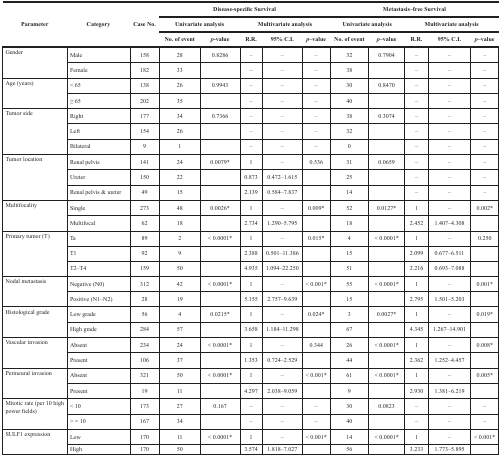
<table><thead><tr><td rowspan="3"><b>Parameter</b></td><td rowspan="3"><b>Category</b></td><td rowspan="3"><b>Case No.</b></td><td colspan="5"><b>Disease-specific Survival</b></td><td colspan="5"><b>Metastasis–free Survival</b></td></tr><tr><td colspan="2"><b>Univariate analysis</b></td><td colspan="3"><b>Multivariate analysis</b></td><td colspan="2"><b>Univariate analysis</b></td><td colspan="3"><b>Multivariate analysis</b></td></tr><tr><td><b>No. of event</b></td><td><b><i>p</i>-value</b></td><td><b>R.R.</b></td><td><b>95% C.I.</b></td><td><b><i>p</i>–value</b></td><td><b>No. of event</b></td><td><b><i>p</i>–value</b></td><td><b>R.R.</b></td><td><b>95% C.I.</b></td><td><b><i>p</i>–value</b></td></tr></thead><tbody><tr><td rowspan="2">Gender</td><td>Male</td><td>158</td><td>28</td><td>0.8286</td><td>–</td><td>–</td><td>–</td><td>32</td><td>0.7904</td><td>–</td><td>–</td><td>–</td></tr><tr><td>Female</td><td>182</td><td>33</td><td></td><td>–</td><td>–</td><td>–</td><td>38</td><td></td><td>–</td><td>–</td><td>–</td></tr><tr><td rowspan="2">Age (years)</td><td>&lt; 65</td><td>138</td><td>26</td><td>0.9943</td><td>–</td><td>–</td><td>–</td><td>30</td><td>0.8470</td><td>–</td><td>–</td><td>–</td></tr><tr><td>≥ 65</td><td>202</td><td>35</td><td></td><td>–</td><td>–</td><td>–</td><td>40</td><td></td><td>–</td><td>–</td><td>–</td></tr><tr><td rowspan="3">Tumor side</td><td>Right</td><td>177</td><td>34</td><td>0.7366</td><td>–</td><td>–</td><td>–</td><td>38</td><td>0.3074</td><td>–</td><td>–</td><td>–</td></tr><tr><td>Left</td><td>154</td><td>26</td><td></td><td>–</td><td>–</td><td>–</td><td>32</td><td></td><td>–</td><td>–</td><td>–</td></tr><tr><td>Bilateral</td><td>9</td><td>1</td><td></td><td>–</td><td>–</td><td>–</td><td>0</td><td></td><td>–</td><td>–</td><td>–</td></tr><tr><td rowspan="3">Tumor location</td><td>Renal pelvis</td><td>141</td><td>24</td><td>0.0079*</td><td>1</td><td>–</td><td>0.536</td><td>31</td><td>0.0659</td><td>–</td><td>–</td><td>–</td></tr><tr><td>Ureter</td><td>150</td><td>22</td><td></td><td>0.873</td><td>0.472–1.615</td><td></td><td>25</td><td></td><td>–</td><td>–</td><td>–</td></tr><tr><td>Renal pelvis &amp; ureter</td><td>49</td><td>15</td><td></td><td>2.139</td><td>0.584–7.837</td><td></td><td>14</td><td></td><td>–</td><td>–</td><td>–</td></tr><tr><td rowspan="2">Multifocality</td><td>Single</td><td>273</td><td>48</td><td>0.0026*</td><td>1</td><td>–</td><td>0.009*</td><td>52</td><td>0.0127*</td><td>1</td><td>–</td><td>0.002*</td></tr><tr><td>Multifocal</td><td>62</td><td>18</td><td></td><td>2.734</td><td>1.290–5.795</td><td></td><td>18</td><td></td><td>2.452</td><td>1.407–4.308</td><td></td></tr><tr><td rowspan="3">Primary tumor (T)</td><td>Ta</td><td>89</td><td>2</td><td>&lt; 0.0001*</td><td>1</td><td>–</td><td>0.015*</td><td>4</td><td>&lt; 0.0001*</td><td>1</td><td>–</td><td>0.250</td></tr><tr><td>T1</td><td>92</td><td>9</td><td></td><td>2.388</td><td>0.501–11.386</td><td></td><td>15</td><td></td><td>2.099</td><td>0.677–6.511</td><td></td></tr><tr><td>T2–T4</td><td>159</td><td>50</td><td></td><td>4.935</td><td>1.094–22.250</td><td></td><td>51</td><td></td><td>2.216</td><td>0.693–7.088</td><td></td></tr><tr><td rowspan="2">Nodal metastasis</td><td>Negative (N0)</td><td>312</td><td>42</td><td>&lt; 0.0001*</td><td>1</td><td>–</td><td>&lt; 0.001*</td><td>55</td><td>&lt; 0.0001*</td><td>1</td><td>–</td><td>0.001*</td></tr><tr><td>Positive (N1–N2)</td><td>28</td><td>19</td><td></td><td>5.155</td><td>2.757–9.639</td><td></td><td>15</td><td></td><td>2.795</td><td>1.501–5.203</td><td></td></tr><tr><td rowspan="2">Histological grade</td><td>Low grade</td><td>56</td><td>4</td><td>0.0215*</td><td>1</td><td>–</td><td>0.024*</td><td>3</td><td>0.0027*</td><td>1</td><td>–</td><td>0.019*</td></tr><tr><td>High grade</td><td>284</td><td>57</td><td></td><td>3.658</td><td>1.184–11.298</td><td></td><td>67</td><td></td><td>4.345</td><td>1.267–14.901</td><td></td></tr><tr><td rowspan="2">Vascular invasion</td><td>Absent</td><td>234</td><td>24</td><td>&lt; 0.0001*</td><td>1</td><td>–</td><td>0.344</td><td>26</td><td>&lt; 0.0001*</td><td>1</td><td>–</td><td>0.008*</td></tr><tr><td>Present</td><td>106</td><td>37</td><td></td><td>1.353</td><td>0.724–2.529</td><td></td><td>44</td><td></td><td>2.362</td><td>1.252–4.457</td><td></td></tr><tr><td rowspan="2">Perineural invasion</td><td>Absent</td><td>321</td><td>50</td><td>&lt; 0.0001*</td><td>1</td><td>–</td><td>&lt; 0.001*</td><td>61</td><td>&lt; 0.0001*</td><td>1</td><td>–</td><td>0.005*</td></tr><tr><td>Present</td><td>19</td><td>11</td><td></td><td>4.297</td><td>2.038–9.059</td><td></td><td>9</td><td></td><td>2.930</td><td>1.381–6.219</td><td></td></tr><tr><td rowspan="2">Mitotic rate (per 10 high power fields)</td><td>&lt; 10</td><td>173</td><td>27</td><td>0.167</td><td>–</td><td>–</td><td>–</td><td>30</td><td>0.0823</td><td>–</td><td>–</td><td>–</td></tr><tr><td>&gt; = 10</td><td>167</td><td>34</td><td></td><td>–</td><td>–</td><td>–</td><td>40</td><td></td><td>–</td><td>–</td><td>–</td></tr><tr><td rowspan="2">SULF1 expression</td><td>Low</td><td>170</td><td>11</td><td>&lt; 0.0001*</td><td>1</td><td>–</td><td>&lt; 0.001*</td><td>14</td><td>&lt; 0.0001*</td><td>1</td><td>–</td><td>&lt; 0.001*</td></tr><tr><td>High</td><td>170</td><td>50</td><td></td><td>3.574</td><td>1.818–7.027</td><td></td><td>56</td><td></td><td>3.233</td><td>1.773–5.895</td><td></td></tr></tbody></table>